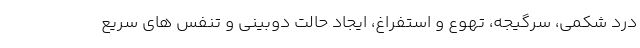
درد شکمی، سرگیجه، تهوع و استفراغ، ایجاد حالت دوبینی و تنفس های سریع